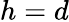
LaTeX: h=d